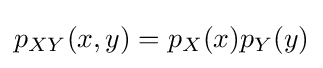
p_{XY}(x,y)=p_{X}(x)p_{Y}(y)